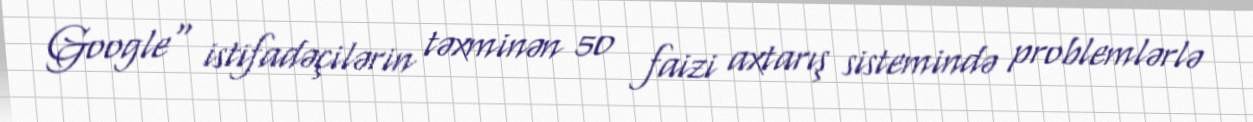
Google" istifadəçilərin təxminən 50 faizi axtarış sistemində problemlərlə